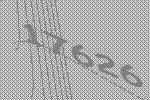
17626